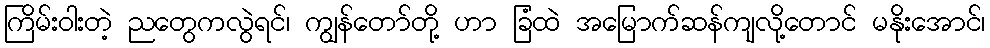
ကြိမ်းဝါးတဲ့ ညတွေကလွဲရင်၊ ကျွန်တော်တို့ ဟာ ခြံထဲ အမြောက်ဆန်ကျလို့တောင် မနိုးအောင်၊